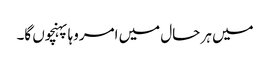
میں ہر حال میں امروہا پہنچوں گا۔